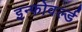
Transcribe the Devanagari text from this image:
इन्फोवर्ल्ड